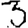
Digit: 3